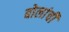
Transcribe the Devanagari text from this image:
बोलांची